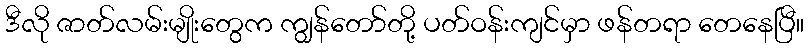
ဒီလို ဇာတ်လမ်းမျိုးတွေက ကျွန်တော်တို့ ပတ်ဝန်းကျင်မှာ ဖန်တရာ တေနေပြီ။